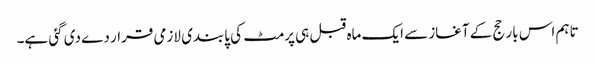
تاہم اس بار حج کے آغاز سے ایک ماہ قبل ہی پرمٹ کی پابندی لازمی قرار دے دی گئی ہے۔